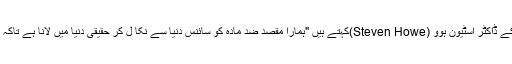
نیو میکسیکو میں واقع لاس الموس کی سینرجسٹک ٹیکنالوجیز کے ڈاکٹر اسٹیون ہوو (Steven Howe)کہتے ہیں "ہمارا مقصد ضد مادّہ کو سائنس دنیا سے نکا ل کر حقیقی دنیا میں لانا ہے تاکہ اس سے ذرائع نقل و حمل اور طب میں تجارتی فوائد اٹھا سکیں۔